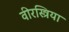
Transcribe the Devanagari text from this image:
वीरस्त्रिया